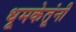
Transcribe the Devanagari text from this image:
धूमकेतूंनी